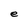
Character: e